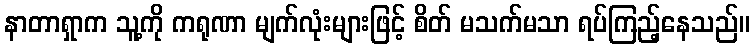
နာတာရှာက သူ့ကို ကရုဏာ မျက်လုံးများဖြင့် စိတ် မသက်မသာ ရပ်ကြည့်နေသည်။